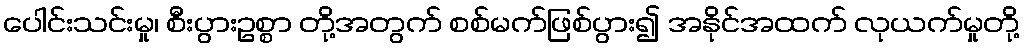
ပေါင်းသင်းမှု၊ စီးပွားဥစ္စာ တို့အတွက် စစ်မက်ဖြစ်ပွား၍ အနိုင်အထက် လုယက်မှုတို့